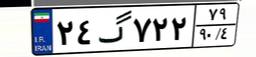
۸۴گ۷۸۸۹۹